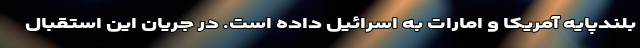
بلندپایه آمریکا و امارات به اسرائیل داده است. در جریان این استقبال